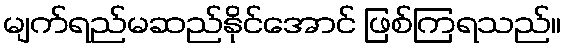
မျက်ရည်မဆည်နိုင်အောင် ဖြစ်ကြရသည်။